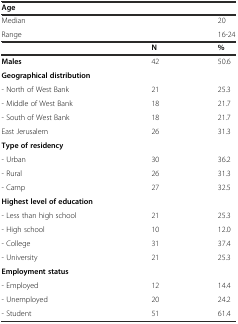
<table><thead><tr><td><b>Age</b></td><td></td><td></td></tr></thead><tbody><tr><td>Median</td><td></td><td>20</td></tr><tr><td>Range</td><td></td><td>16-24</td></tr><tr><td></td><td><b>N</b></td><td><b>%</b></td></tr><tr><td><b>Males</b></td><td>42</td><td>50.6</td></tr><tr><td><b>Geographical distribution</b></td><td></td><td></td></tr><tr><td>- North of West Bank</td><td>21</td><td>25.3</td></tr><tr><td>- Middle of West Bank</td><td>18</td><td>21.7</td></tr><tr><td>- South of West Bank</td><td>18</td><td>21.7</td></tr><tr><td>East Jerusalem</td><td>26</td><td>31.3</td></tr><tr><td><b>Type of residency</b></td><td></td><td></td></tr><tr><td>- Urban</td><td>30</td><td>36.2</td></tr><tr><td>- Rural</td><td>26</td><td>31.3</td></tr><tr><td>- Camp</td><td>27</td><td>32.5</td></tr><tr><td><b>Highest level of education</b></td><td></td><td></td></tr><tr><td>- Less than high school</td><td>21</td><td>25.3</td></tr><tr><td>- High school</td><td>10</td><td>12.0</td></tr><tr><td>- College</td><td>31</td><td>37.4</td></tr><tr><td>- University</td><td>21</td><td>25.3</td></tr><tr><td><b>Employment status</b></td><td></td><td></td></tr><tr><td>- Employed</td><td>12</td><td>14.4</td></tr><tr><td>- Unemployed</td><td>20</td><td>24.2</td></tr><tr><td>- Student</td><td>51</td><td>61.4</td></tr></tbody></table>